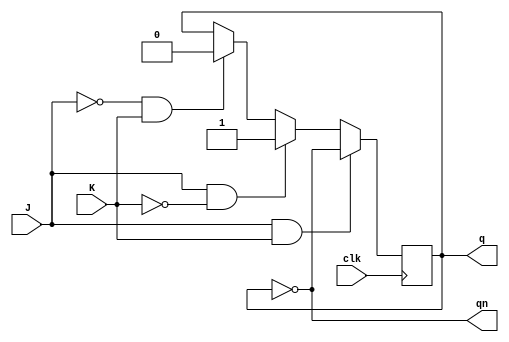
module JK_trigger(clk, J, K, q, qn);
	input J, K, clk; // 
	output reg q;
	output wire qn; // 

	always @ (posedge clk)
	begin
		if (J == 1 && K == 1) q = ~q; // 
		else if (J == 1 && K == 0) q = 1; // 1
		else if (J == 0 && K == 1) q = 0; // 0
		else q = q; // 
	end		
	assign qn = ~q;
endmodule